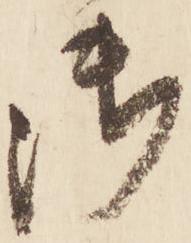
御